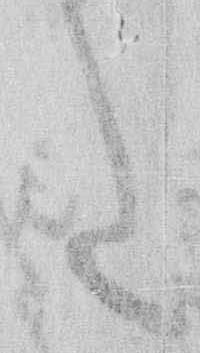
た